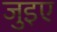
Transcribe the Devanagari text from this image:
जुइए